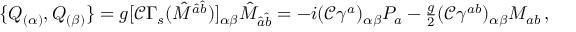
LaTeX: \{ Q _ { ( \alpha ) } , Q _ { ( \beta ) } \} = g [ \mathcal { C } \Gamma _ { s } ( \hat { M } ^ { \hat { a } \hat { b } } ) ] _ { \alpha \beta } \hat { M } _ { \hat { a } \hat { b } } = - i ( \mathcal { C } \gamma ^ { a } ) _ { \alpha \beta } P _ { a } - { \textstyle \frac { g } { 2 } } ( \mathcal { C } \gamma ^ { a b } ) _ { \alpha \beta } M _ { a b } \, ,